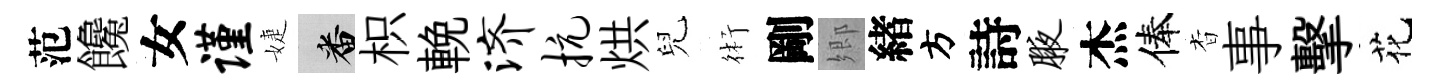
范饞女谨婕番枳輓济抗烘兒術剛郷緖方詩腋杰俸杳事擊花